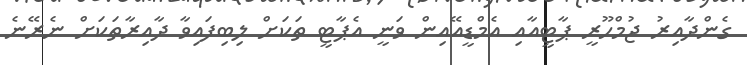
ގެންދާއިރު ޖުމްހޫރީ ޕާޓީއާއި އެމްޑީއޭއިން ވަނީ އެޕާޓީ ތަކަށް ލިބިފައިވާ ދާއިރާތަކަށް ނެރޭނެ